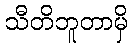
သီတိဘူတာမှိ